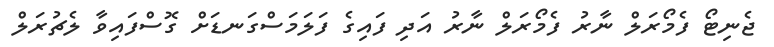
ޖެނިޓޯ ފެމޯރަލް ނާރު ފެމޯރަލް ނާރު އަދި ފައިގެ ފަލަމަސްގަނޑަށް ގޮސްފައިވާ ލެޗުރަލް